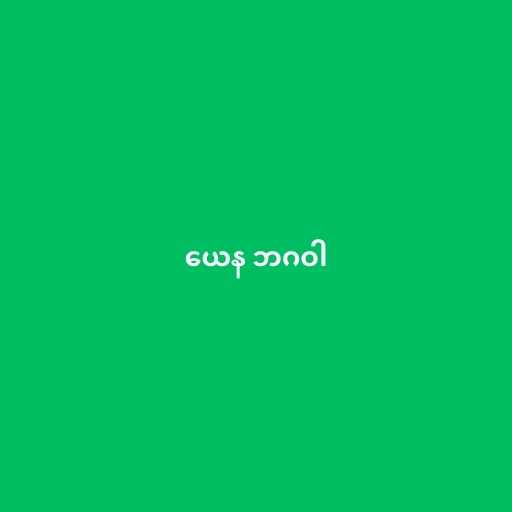
ယေန ဘဂဝါ